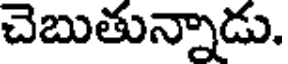
చెబుతున్నాడు.